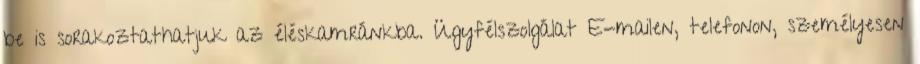
be is sorakoztathatjuk az éléskamránkba. Ügyfélszolgálat E-mailen, telefonon, személyesen